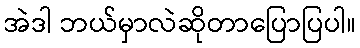
အဲဒါ ဘယ်မှာလဲဆိုတာပြောပြပါ။